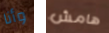
وأنا هامش